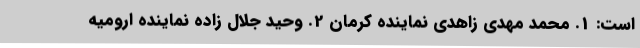
است: 1. محمد مهدی زاهدی نماینده کرمان 2. وحید جلال زاده نماینده ارومیه